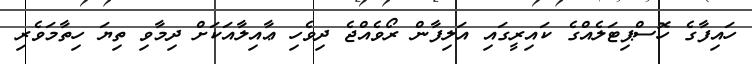
ހައިފާގެ ހޮސްޕިޓަލެއްގެ ކައިރީގައި އަލިފާން ރޯވެއްޖެ ދިވެހި ޢާއިލާއަކަށް ދިމާވި ތިޔަ ހިތާމަވެރި